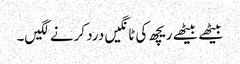
بیٹھے بیٹھے ریچھ کی ٹانگیں درد کرنے لگیں۔